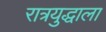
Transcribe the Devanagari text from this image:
रात्रयुद्धाला